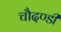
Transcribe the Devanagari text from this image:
चौदण्डी